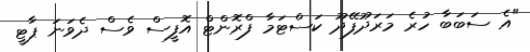
"އެ ސަބަބާ ހުރެ މަރަދޫފޭދޫ ކަސްޓަމާ ފްރޮންޓް އޮފީސް ވެސް ދެވަނަ ޕާޓީ